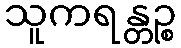
သူကရန္တဉ္စ